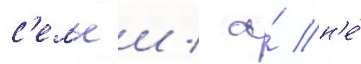
с'емьеи / а́ н'е́